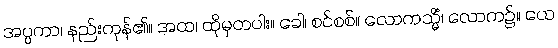
အပ္ပကာ၊ နည်းကုန်၏။ အထ၊ ထိုမှတပါး။ ခေါ၊ စင်စစ်။ လောကသ္မိံ၊ လောက၌။ ယေ